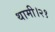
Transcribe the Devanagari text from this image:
थामी।२१